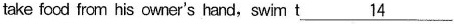
take food from his owner's hand,swim t \underline{14}